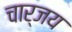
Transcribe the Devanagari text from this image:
चार्जय